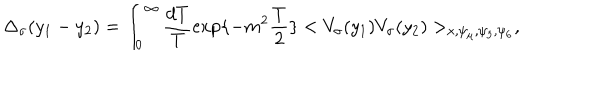
\Delta _ { \sigma } ( y _ { 1 } - y _ { 2 } ) = \int _ { 0 } ^ { \infty } \frac { d T } { T } \exp \{ - m ^ { 2 } \frac { T } { 2 } \} < V _ { \sigma } ( y _ { 1 } ) V _ { \sigma } ( y _ { 2 } ) > _ { x , \psi _ { \mu } , \psi _ { 5 } , \psi _ { 6 } } ,